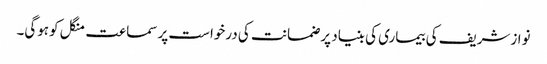
نوازشریف کی بیماری کی بنیاد پر ضمانت کی درخواست پر سماعت منگل کوہوگی۔